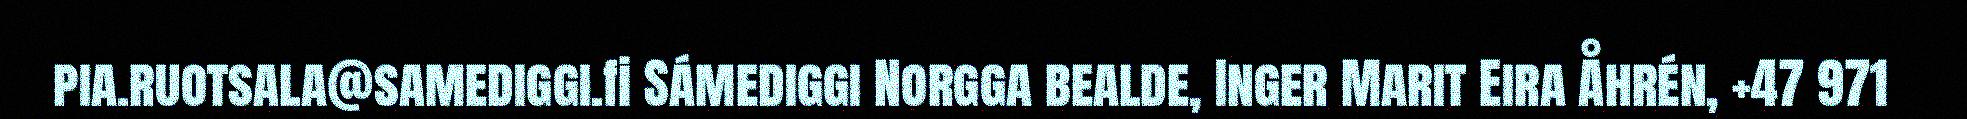
pia.ruotsala@samediggi.fi Sámediggi Norgga bealde, Inger Marit Eira Åhrén, +47 971